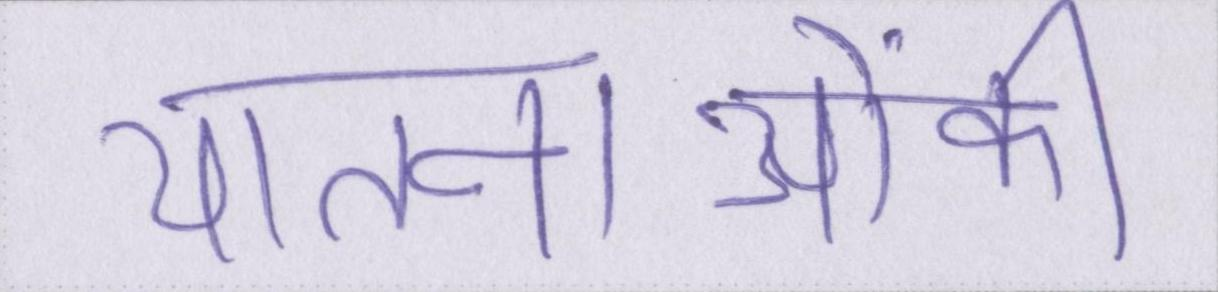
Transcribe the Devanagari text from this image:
यातनाओंकी